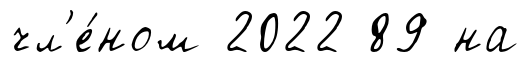
чл'е́ном 2022 89 на